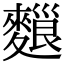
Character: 𪍔